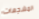
المشجعات